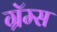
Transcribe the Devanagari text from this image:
ग्रॅम्स